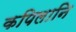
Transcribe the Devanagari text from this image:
कपिलानि